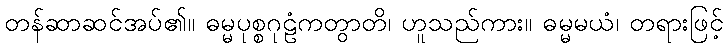
တန်ဆာဆင်အပ်၏။ ဓမ္မပုစ္စဂုဠံကတွာတိ၊ ဟူသည်ကား။ ဓမ္မမယံ၊ တရားဖြင့်